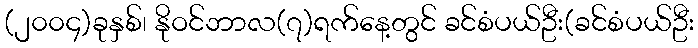
(၂၀၀၄)ခုနှစ်၊ နိုဝင်ဘာလ(၇)ရက်နေ့တွင် ခင်စံပယ်ဦး(ခင်စံပယ်ဦး